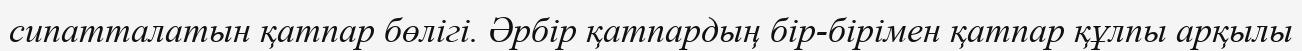
сипатталатын қатпар бөлігі. Әрбір қатпардың бір-бірімен қатпар құлпы арқылы